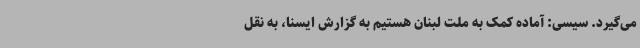
می‌گیرد. سیسی: آماده کمک به ملت لبنان هستیم به گزارش ایسنا، به نقل